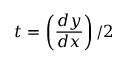
t = \left( { \frac { d y } { d x } } \right) / 2